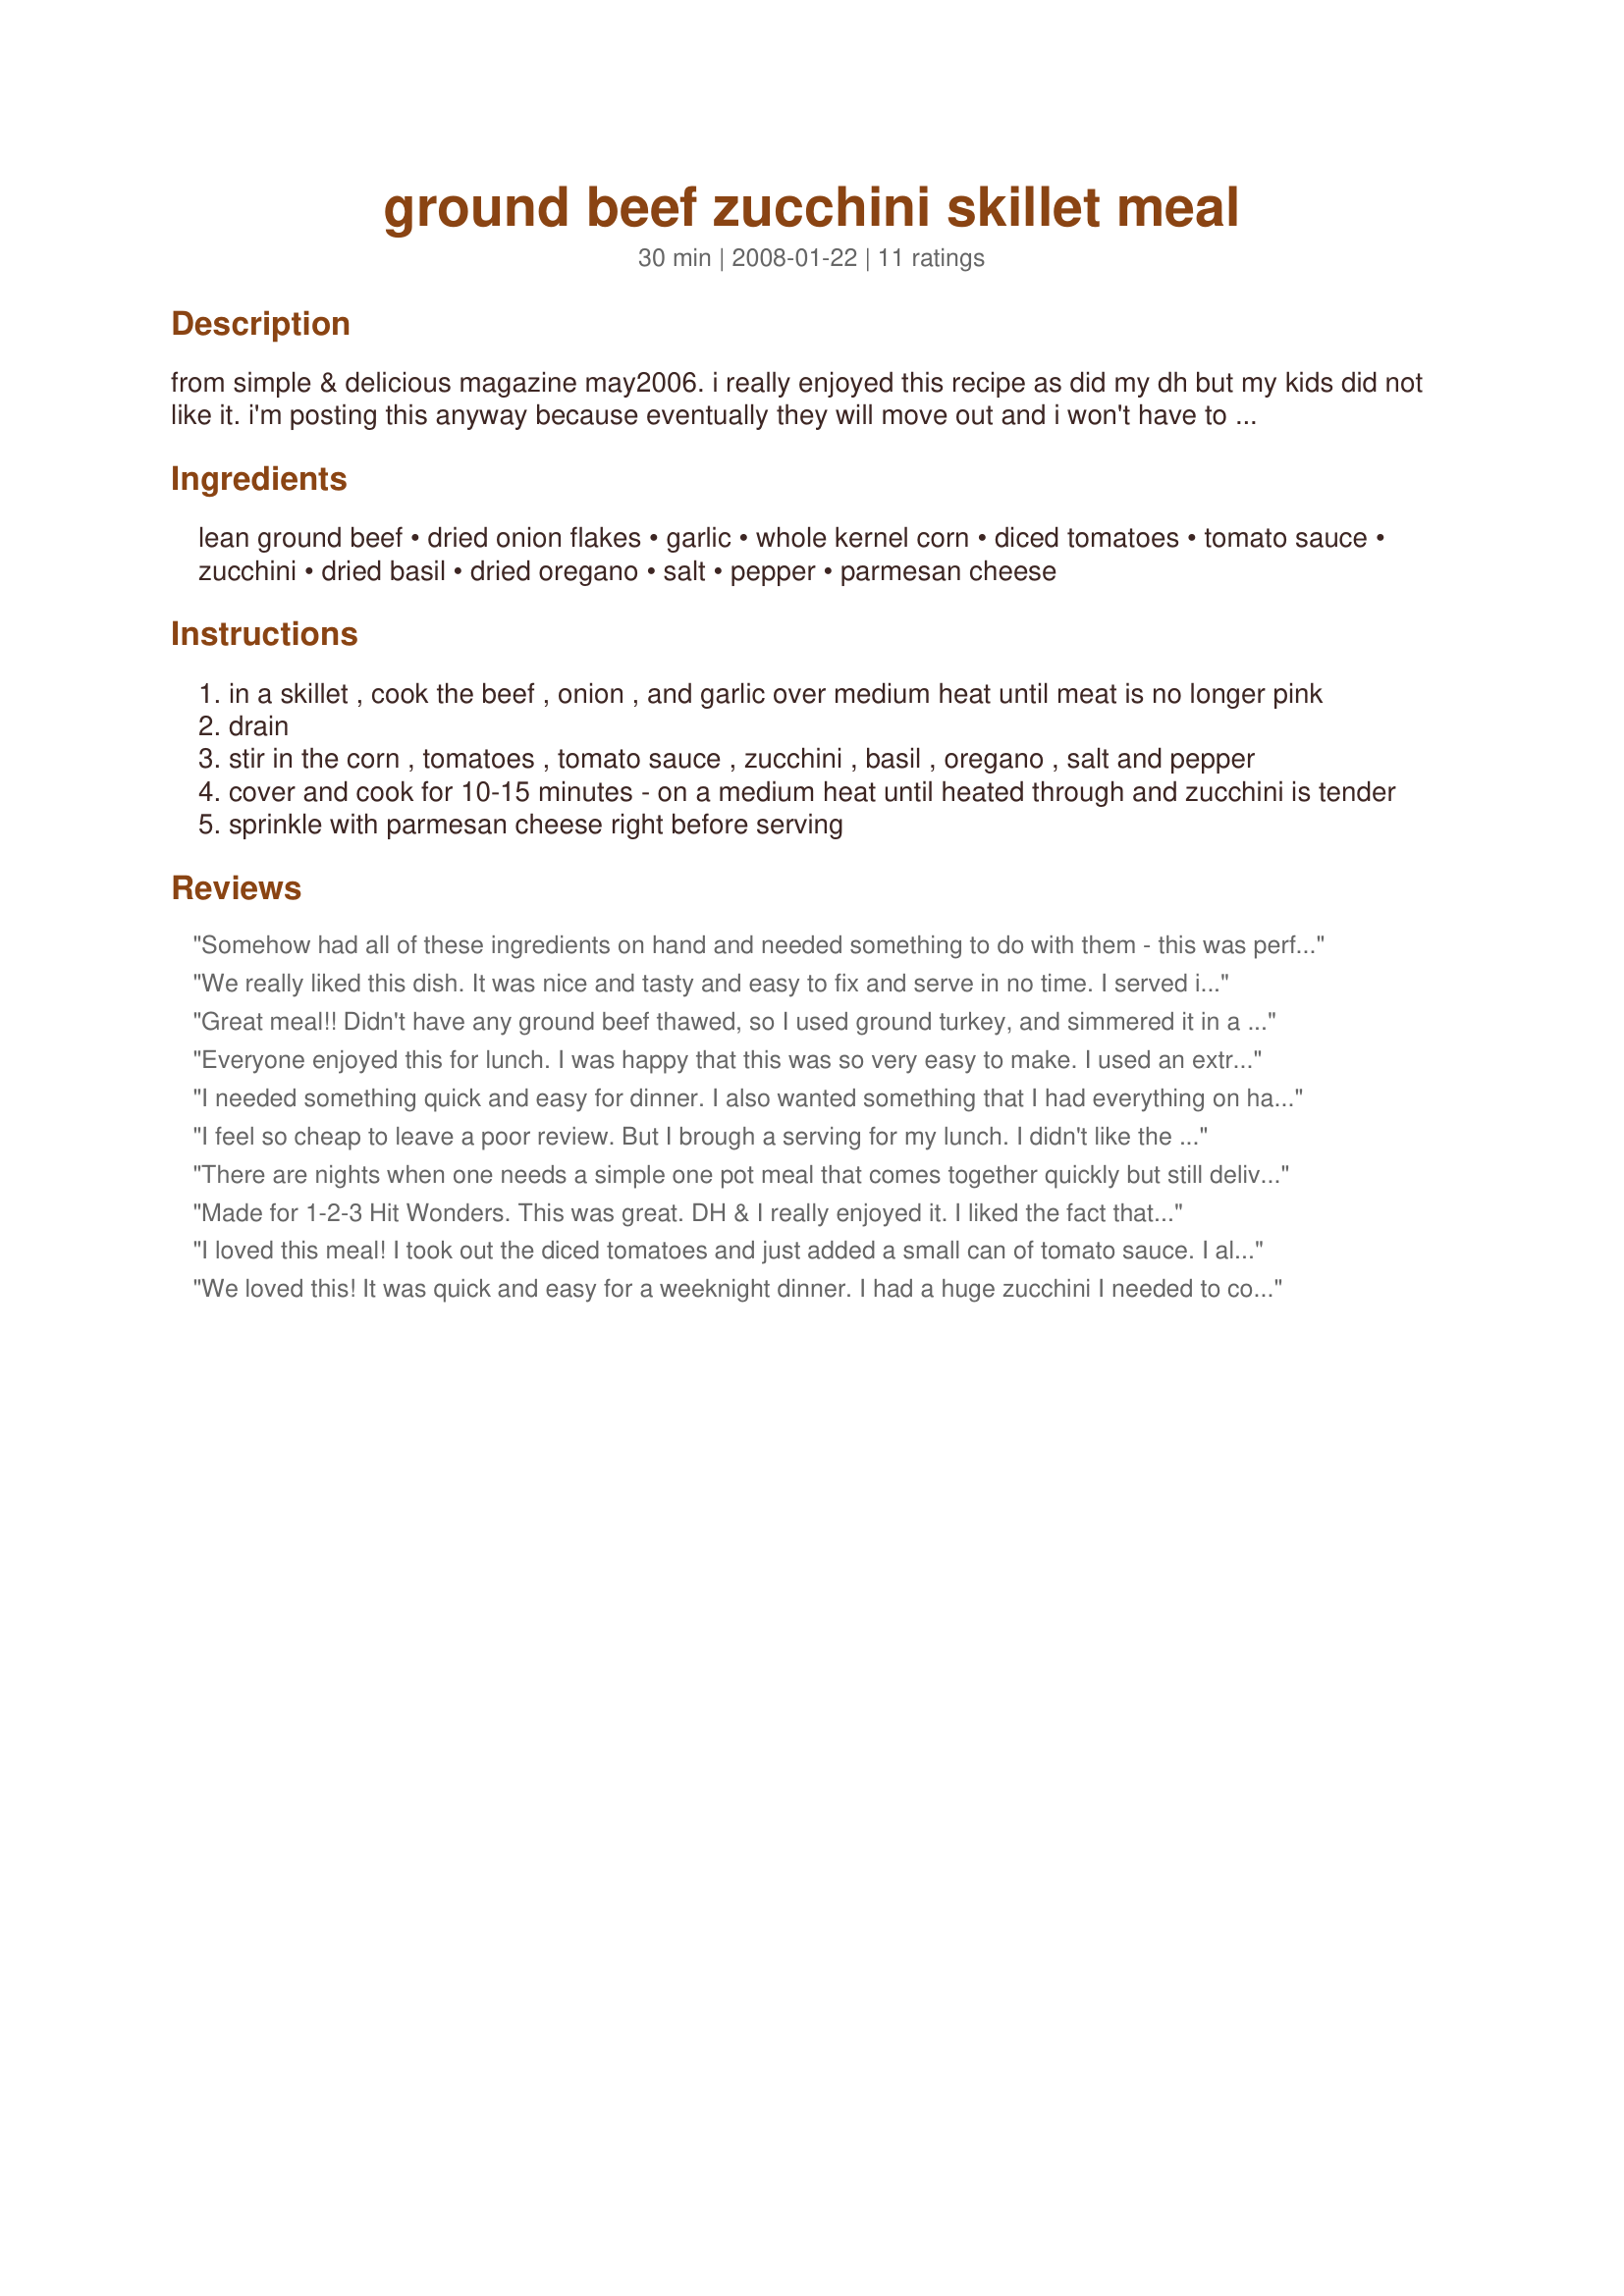
ground beef zucchini skillet meal
Preparation time: 30 minutes

from simple & delicious magazine may2006. i really enjoyed this recipe as did my dh but my kids did not like it. i'm posting this anyway because eventually they will move out and i won't have to hear their complaints! =)
***updated ingredients*** i've made this again and my dd did too and we both feel it needs a bit more sauce - so i've adjusted the original recipe to include tomato sauce.

Ingredients:
lean ground beef, dried onion flakes, garlic, whole kernel corn, diced tomatoes, tomato sauce, zucchini, dried basil, dried oregano, salt, pepper, parmesan cheese

Steps:
in a skillet , cook the beef , onion , and garlic over medium heat until meat is no longer pink
drain
stir in the corn , tomatoes , tomato sauce , zucchini , basil , oregano , salt and pepper
cover and cook for 10-15 minutes - on a medium heat until heated through and zucchini is tender
sprinkle with parmesan cheese right before serving

Reviews:
Somehow had all of these ingredients on hand and needed something to do with them - this was perfect! I added a can of tomato sauce and water and once it came to a boil I added medium shell pasta. Simmered it until the pasta was cooked through, seasoned it again and dinner was ready! Thanks for posting, it fed us for a week ;)
We really liked this dish. It was nice and tasty and easy to fix and serve in no time. I served it with borwn rice. Thanks for posting. I will make again.
Great meal!! Didn't have any ground beef thawed, so I used ground turkey, and simmered it in a can of beef broth......Great tasting meal . Thank you.
Everyone enjoyed this for lunch. I was happy that this was so very easy to make. I used an extra 1/2 teaspoon of both the oregano and basil. I found that 8 ounces was enough tomato sauce. In step three I just added the zucchini on top of the dish not mixing it in as it cooked. The zucchini held it's shape better that way. I'll make this recipe again. Made for *Zaar Cookbook Tag 2009* game
I needed something quick and easy for dinner. I also wanted something that I had everything on hand. I made exactly as written. My family added some hot sauce to it but I thought it was good as is.
I feel so cheap to leave a poor review. But I brough a serving for my lunch. I didn't like the taste. I felt like the basil and oregano were not right with the whole recipe. I felt like they were overpowering. And I was not sure of the corn being with all the remaining ingredients. And I like corn in some recipes. It's too dry. It could be great to add tomato sauce. The zucchini was great in this. I'm sorry Melissa. I thought I would like it when I tagged it. Made for Holiday tag.
There are nights when one needs a simple one pot meal that comes together quickly but still delivers on flavor and taste. This included items commonly found in my kitchen and I decided to prepare it using ground turkey. This is a rather common substitution for me and I now prefer the milder flavor of the ground poultry over beef. Loved the combination of ingredients here and found mine was fully cooked in 15 minutes. Next time, I might at a little broth and tomato paste or perhaps some tomato paste as I found myself wanting a little more sauce in the skillet. Thanks! Made for the Went to the Market Game. (Updated 5/14: Wanted to add that this has turned out to be a versatile staple for my solo household. I added a little tomato paste and broth as mentioned above and served it over brown rice, whole wheat and spaghetti squash. Even when so far as to play with the spices each time I reheated as well as changing the cheese topping (e.g., adding a little chili powder to the skillet and topping with jalepeno jack cheese). Each meal was different and fresh without that ho hum leftover feel. Thanks again.
Made for 1-2-3 Hit Wonders. This was great. DH & I really enjoyed it. I liked the fact that it is low in carbs. I'm not doing a low carb diet, but I am watching my intake. I did add a can of tomato sauce as it looked a little dry to me. I will make this again as it was quick and easy. Thanks for posting this Hokies!
I loved this meal! I took out the diced tomatoes and just added a small can of tomato sauce. I also put in a total of about 4 zucchini instead of just the 1. I also put more parmesan cheese and added mozzerella. It was super easy and very good. My fiance looked at it and said he didn't want to try it because it didn't look great, but he ended up eating two bowl fulls. :) This will definitely become one of our regular meals.
We loved this! It was quick and easy for a weeknight dinner. I had a huge zucchini I needed to cook and this was perfect. I added some noodles and let them simmer with everything. Of course adding red wine and garlic didn't hurt either. I love one pot meals! I will be making it again.
I made this slightly differnt but with great results. Firstly, I omitted the corn, it just sounded wrong with the other ingredients. To me this recipe was sreaming for mushrooms, so I added about 2 cups of sliced fresh mushrooms, used fresh onion and fresh herbs. Topped it off with parmesean and a little feta and it was wonderful. Served over brown rice. Thanks for posting.
